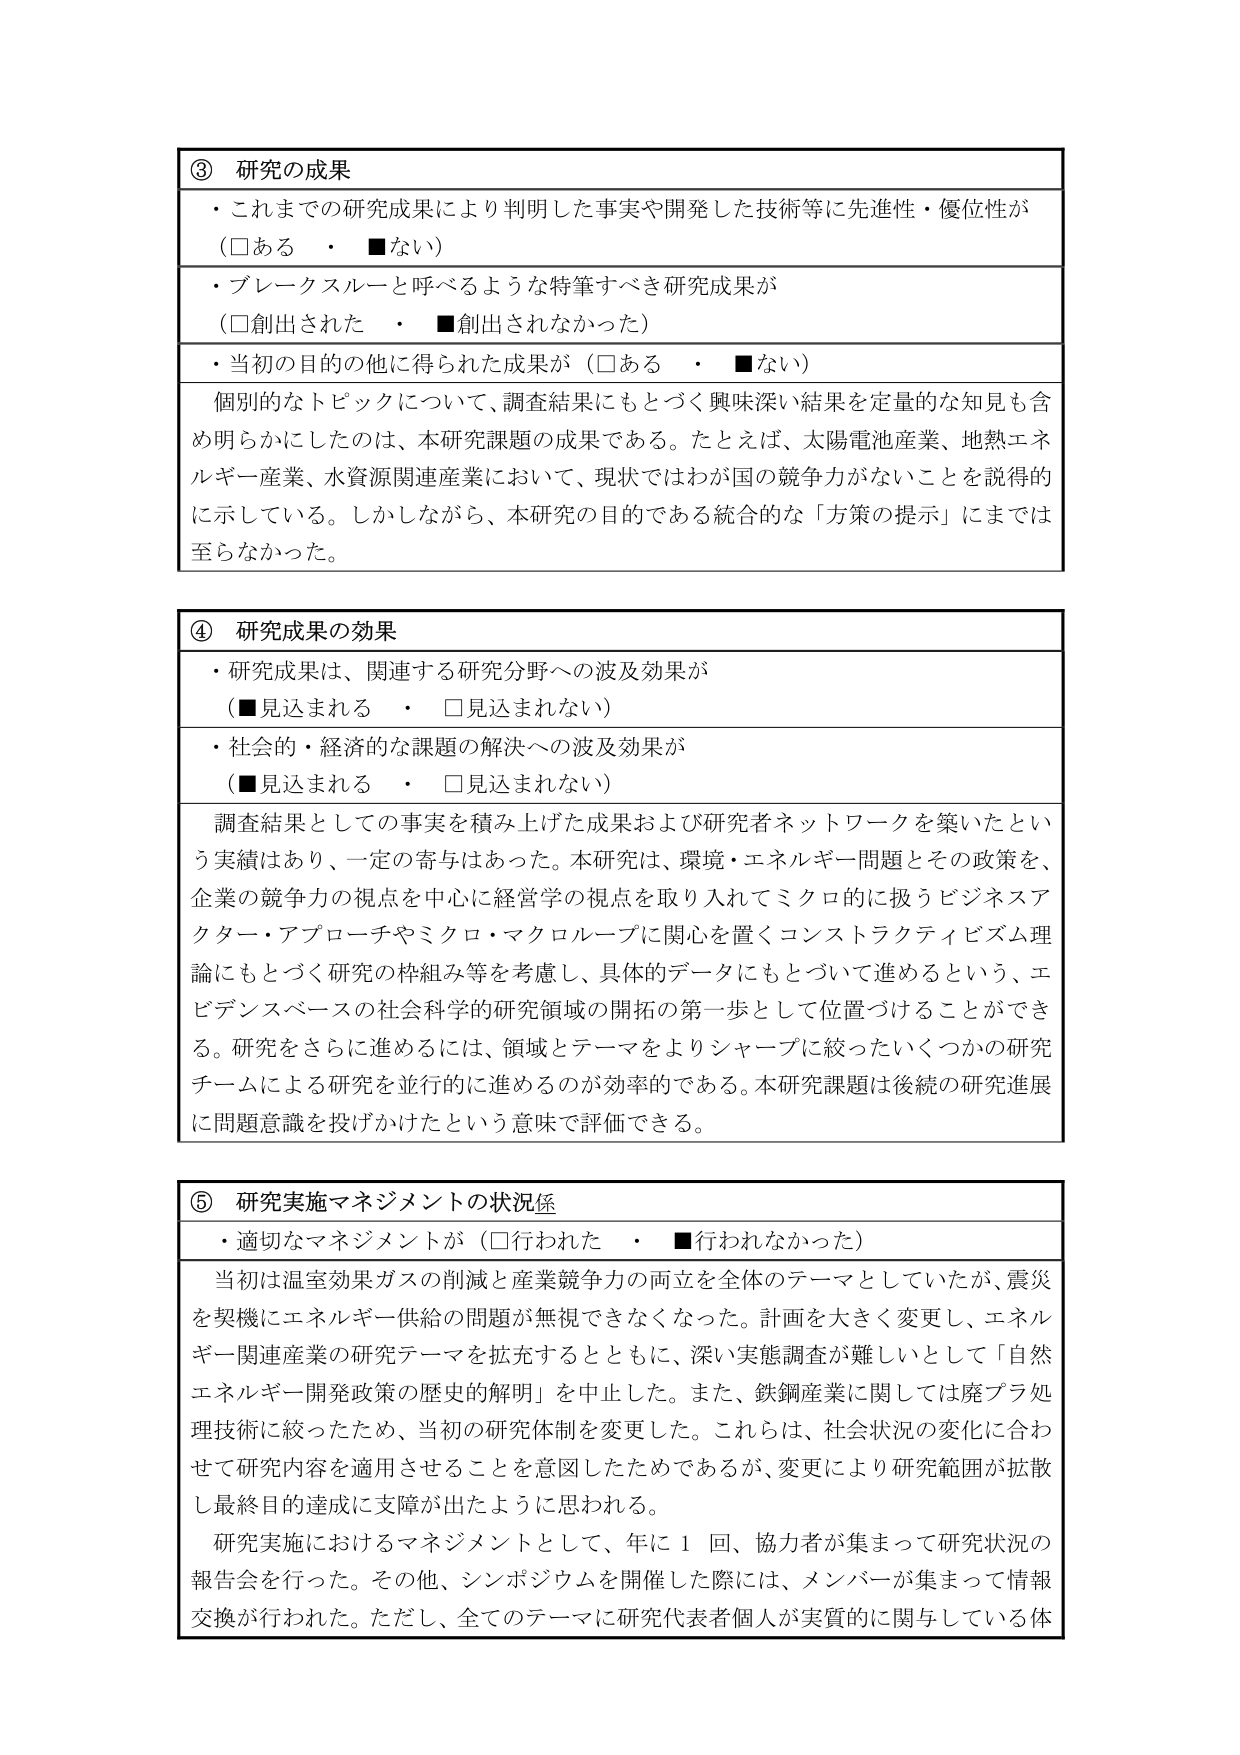
③ 研究の成果
・これまでの研究成果により判明した事実や開発した技術等に先進性・優位性が（□ある　・　■ない）
・ブレークスルーと呼べるような特筆すべき研究成果が（□創出された　・　■創出されなかった）
・当初の目的の他に得られた成果が（□ある　・　■ない）
個別的なトピックについて、調査結果にもとづく興味深い結果を定量的な知見も含め明らかにしたのは、本研究課題の成果である。たとえば、太陽電池産業、地熱エネルギー産業、水資源関連産業において、現状ではわが国の競争力がないことを説得的に示している。しかしながら、本研究の目的である統合的な「方策の提示」にまでは至らなかった。

④ 研究成果の効果
・研究成果は、関連する研究分野への波及効果が（■見込まれる　・　□見込まれない）
・社会的・経済的な課題の解決への波及効果が（■見込まれる　・　□見込まれない）
調査結果としての事実を積み上げた成果および研究者ネットワークを築いたという実績があり、一定の寄与はあった。本研究は、環境・エネルギー問題とその政策を、企業の競争力の視点を中心に経営学の視点を取り入れてミクロに扱うビジネスアクトー・アプローチやミクロ・マクロループに関心を置くコンストラクティビズム理論にもとづく研究の枠組み等を考慮し、具体的データにもとづいて進めるという、エビデンスベースの社会科学的研究領域の開拓の第一歩として位置づけることができる。研究をさらに進めるには、領域とテーマをよりシャープに絞ったいくつかの研究チームによる研究を並行的に進めるのが効率的である。本研究課題は後続の研究進展に問題意識を投げかけたという意味で評価できる。

⑤ 研究実施マネジメントの状況係
・適切なマネジメントが（□行われた　・　■行われなかった）
当初は温室効果ガスの削減と産業競争力の両立を全体のテーマとしていたが、震災を契機にエネルギー供給の問題が無視できなくなった。計画を大きく変更し、エネルギー関連産業の研究テーマを拡充するとともに、深い実態調査が難しいとして「自然エネルギー開発政策の歴史的解明」を中止した。また、鉄鋼産業に関しては廃プラ処理技術に絞ったため、当初の研究体制を変更した。これらは、社会状況の変化に合わせて研究内容を適用させることを意図したためであるが、変更により研究範囲が拡散し最終目的達成に支障が出たように思われる。
研究実施におけるマネジメントとして、年に１回、協力者が集まって研究状況の報告会を行った。その他、シンポジウムを開催した際には、メンバーが集まって情報交換が行われた。ただし、全てのテーマに研究代表者個人が実質的に関与している体